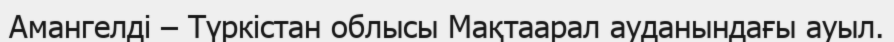
Амангелді – Түркістан облысы Мақтаарал ауданындағы ауыл.